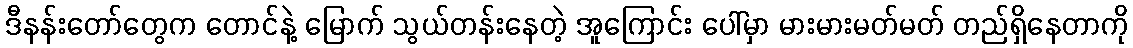
ဒီနန်းတော်တွေက တောင်နဲ့ မြောက် သွယ်တန်းနေတဲ့ အူကြောင်း ပေါ်မှာ မားမားမတ်မတ် တည်ရှိနေတာကို